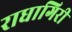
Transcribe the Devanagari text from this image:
राधागिरी